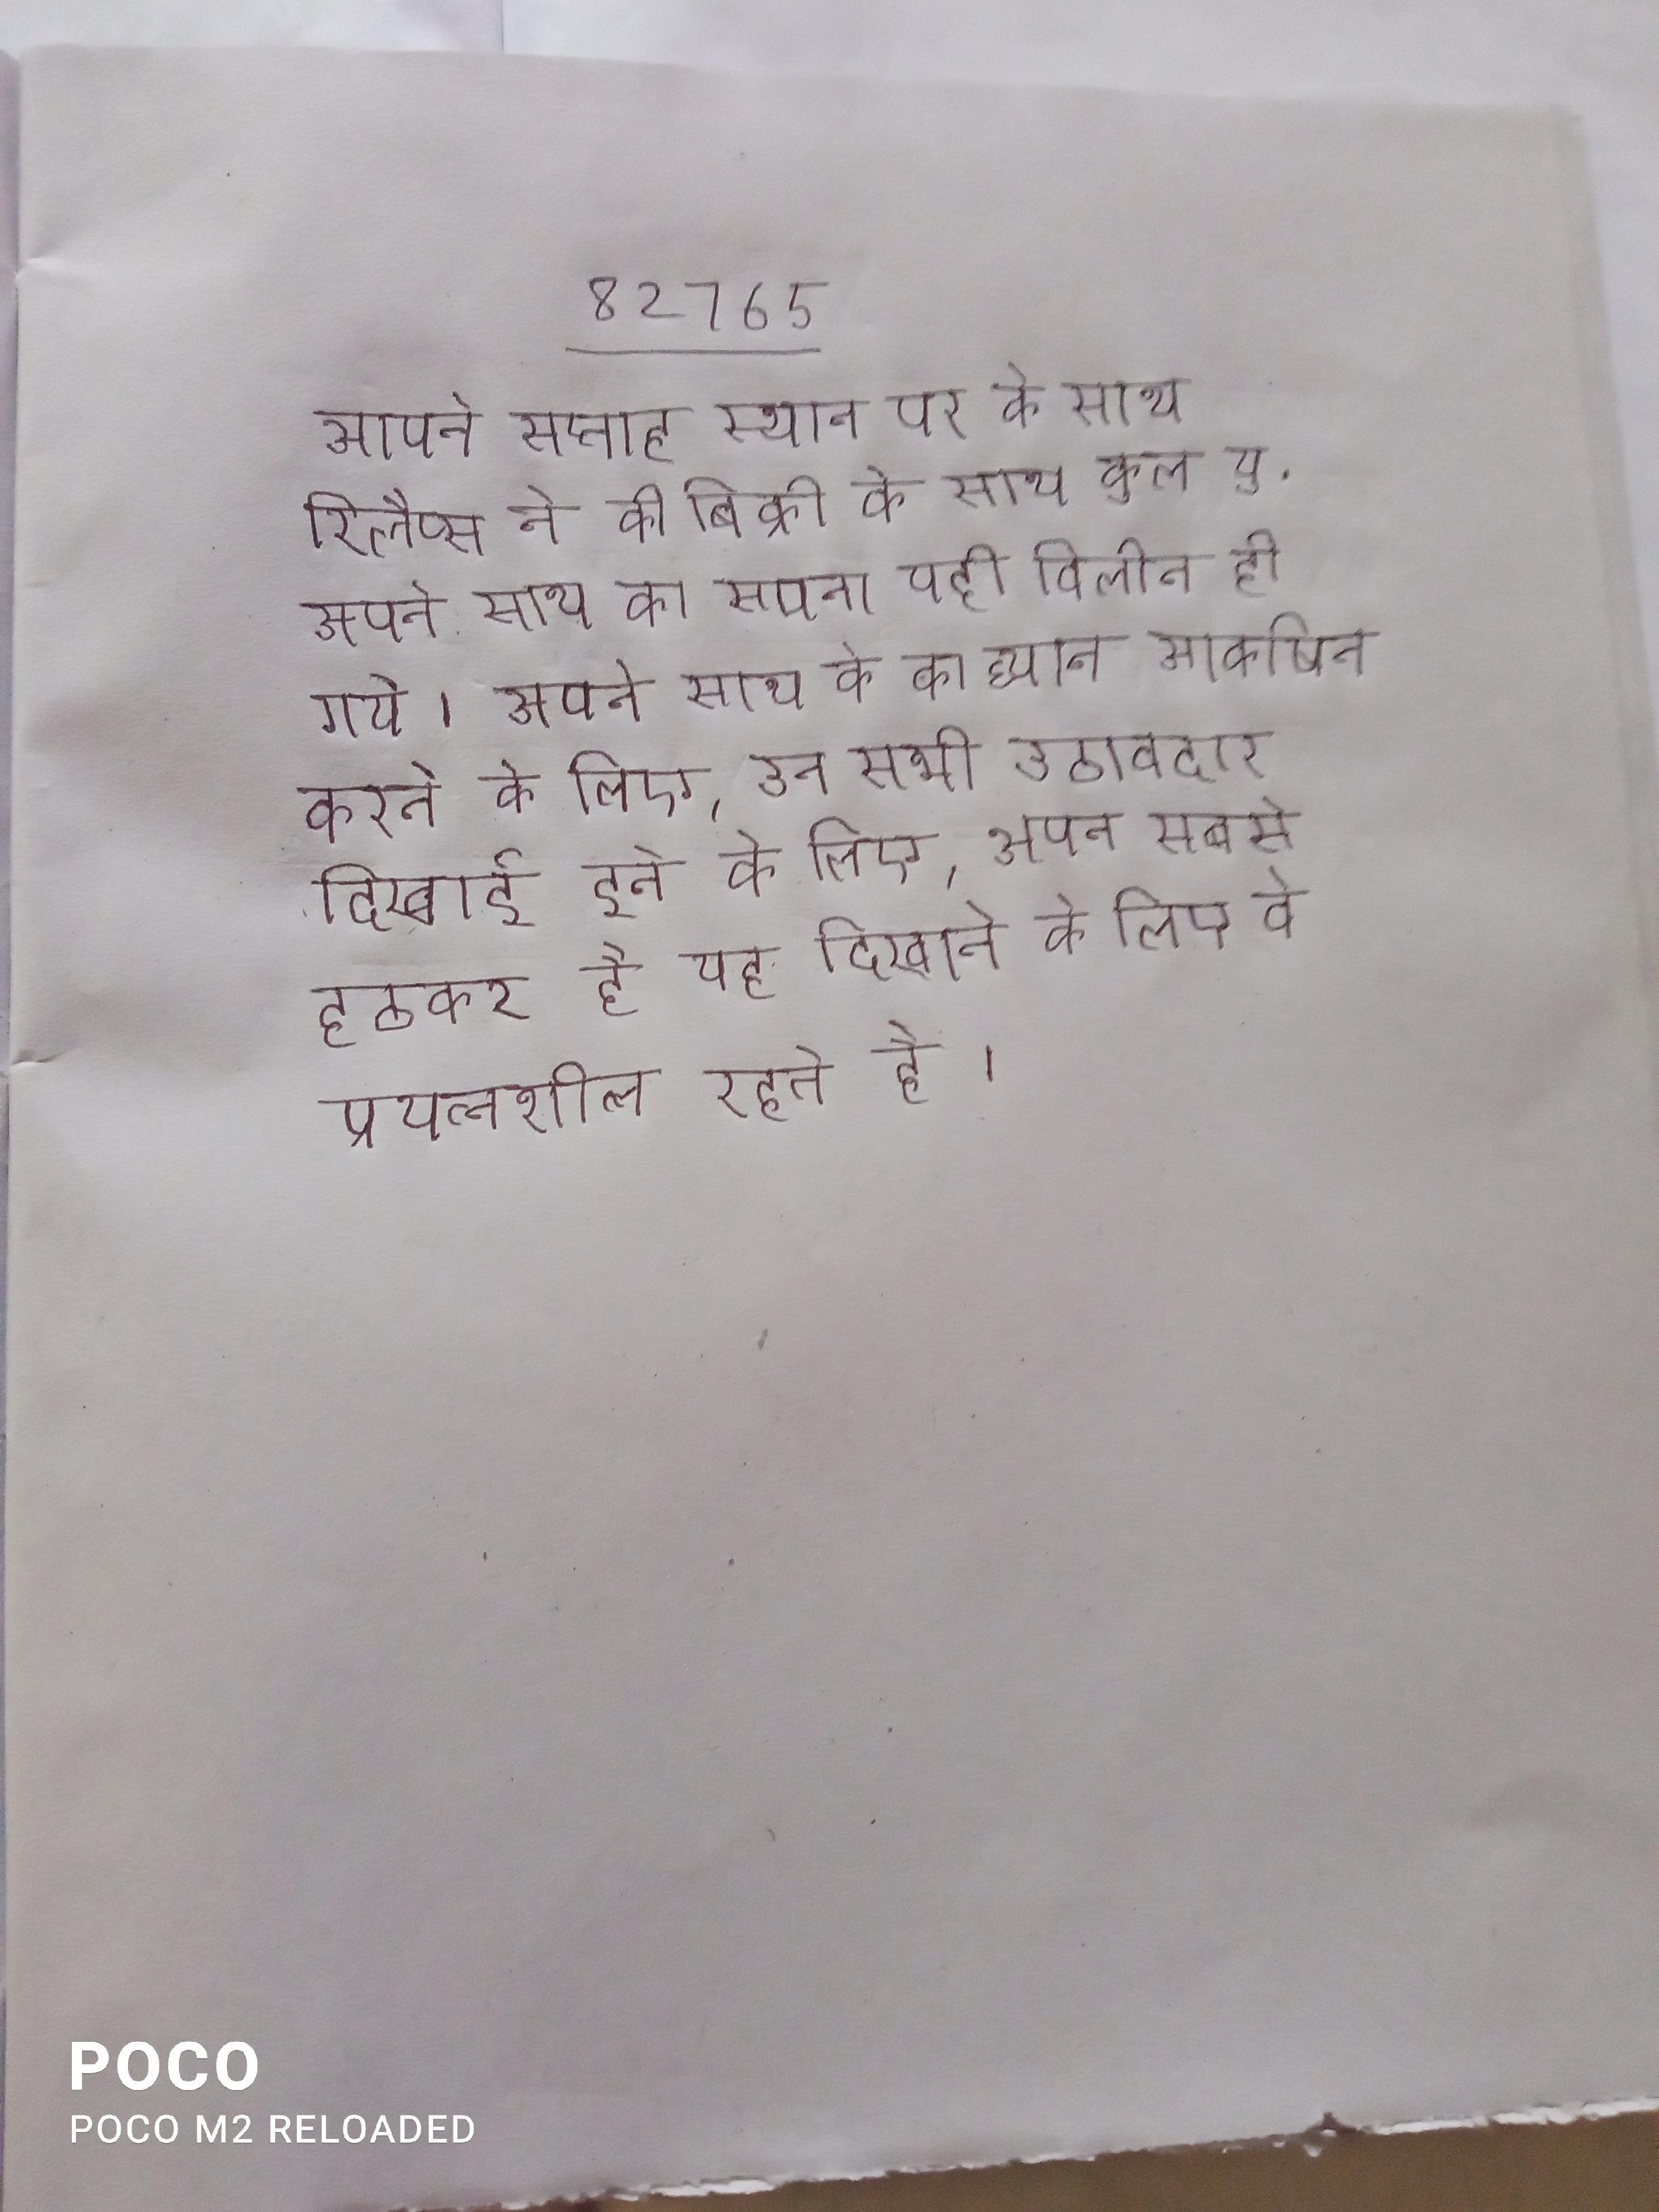
अपने सप्ताह स्थान पर के साथ रिलैप्स ने की बिक्री के साथ कुल यू . अपने साथ का सपना यही विलीन हो गये । अपने साथ के का ध्यान आकर्षित करने के लिए, उन सभी उठावदार दिखाई देने के लिए, अपन सबसे हठकर है यह दिखाने के लिए वे प्रयत्नशील रहते है ।